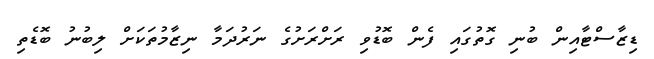
ޑިޒާސްޓާއިން ބުނި ގޮތުގައި ފެން ބޮޑުވި ރަށްރަށުގެ ނަރުދަމާ ނިޒާމުތަކަށް ލިބުނު ބޮޑެތި